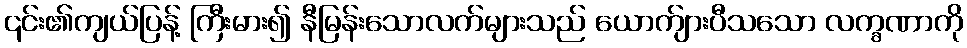
၎င်း၏ကျယ်ပြန့် ကြီးမား၍ နီမြန်းသောလက်များသည် ယောက်ျားပီသသော လက္ခဏာကို